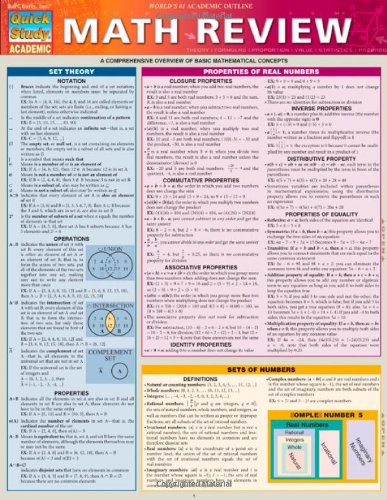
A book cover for Math Review (Quick Study: Academic); Inc. BarCharts; Science & Math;